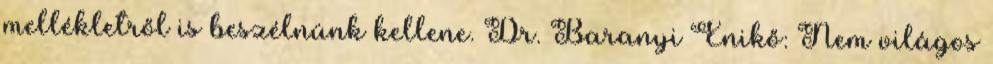
mellékletről is beszélnünk kellene. Dr. Baranyi Enikő: Nem világos